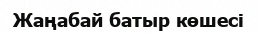
Жаңабай батыр көшесі